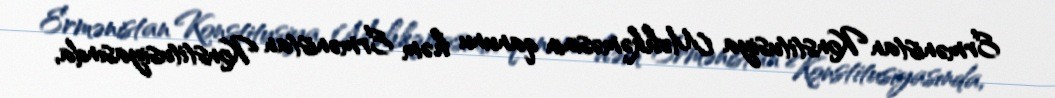
Ermənistan Konstitusiya Məhkəməsinin qanunu həm Ermənistan Konstitusiyasında,